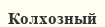
Колхозный